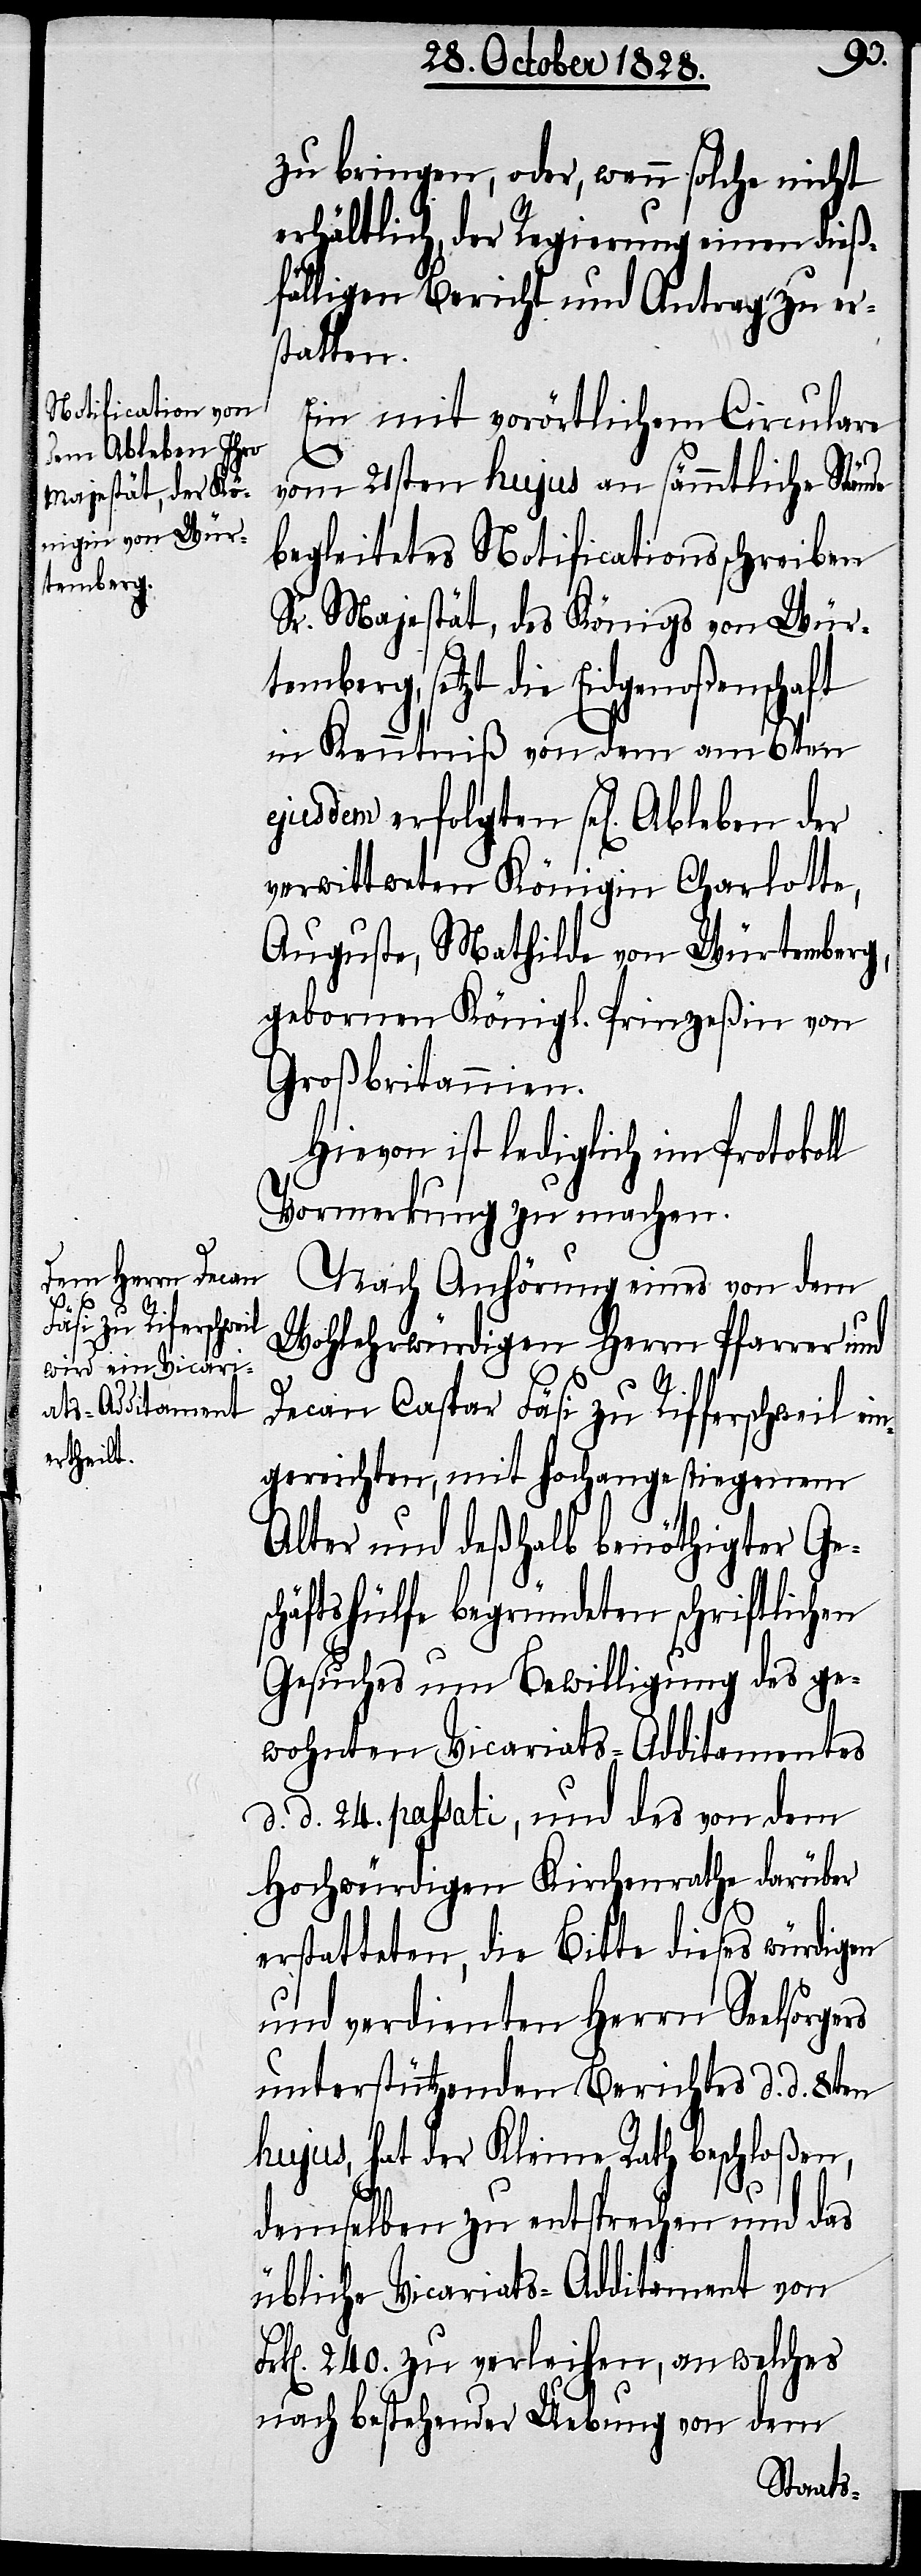
en] Ableben der
temberg,

Fr¬
zu bringen, oder, wenn solche nicht
erhältlich, der Regierung einen dieß¬
fälligen Bericht und Antrag zu er¬
statten.
Ein mit vorörtlichem Circulare
vom 21sten hujus an sämmtliche Stände
begleitetes Notificationsschreiben
Sr. Majestät, des Königs von Wür¬
ejusdem erfolgten sel[ig¬
in Kenntniß von dem am 6ten
verwittweten Königin Charlotte,
Auguste, Mathilde von Würtemberg,
gebornen Königl. Prinzeßin von
Großbritannien.
Hievon ist lediglich im Protokol¬
Vormerkung zu machen.
Nach Anhörung eines von dem
Wohlehrwürdigen Herrn Pfarrer und
Decan Caspar Fäsi zu Rifferschweil ein¬
gereichten, mit hochangestiegenem
Alter und deßhalb benöthigter Ge¬
schäftshülfe begründeten schriftlichen
Gesuches um Bewilligung des ge¬
wohnten Vicariats-Additamentes
d. d. 24. passati, und des von dem
Hochwürdigen Kirchenrathe darüber
erstatteten, die Bitte dieses würdigen
und verdienten Herrn Seelsorgers
unterstützenden Berichtes d. d. 8ten
hujus, hat der Kleine Rath beschloßen,
demselben zu entsprechen und das
übliche Vicariats-Additament von
k[en]. 240. zu verleihen, an welches
nach bestehender Uebung von dem